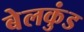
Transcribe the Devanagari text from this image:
बेलकुंड